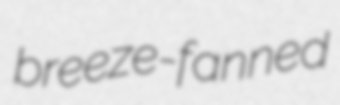
breeze-fanned